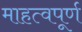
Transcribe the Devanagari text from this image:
माहत्वपूर्ण